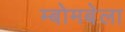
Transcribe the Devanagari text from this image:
म्बोमबेला